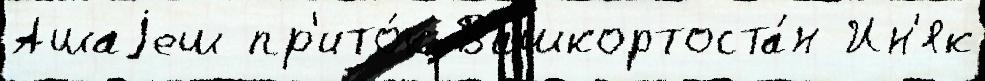
Ашаjеш пр'ито́к Башкортоста́н Ин'як